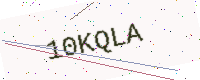
Text: 10KQLA